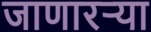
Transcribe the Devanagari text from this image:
जाणारऱ्या